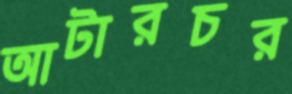
আটারচর